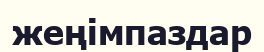
жеңімпаздар